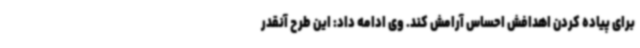
برای پیاده کردن اهدافش احساس آرامش کند. وی ادامه داد: این طرح آنقدر